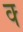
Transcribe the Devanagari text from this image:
क्‍